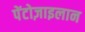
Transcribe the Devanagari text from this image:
पेंटोज़ाइलान